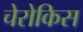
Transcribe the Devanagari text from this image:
चेरोकिस